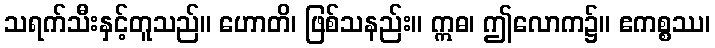
သရက်သီးနှင့်တူသည်။ ဟောတိ၊ ဖြစ်သနည်း။ ဣဓ၊ ဤလောက၌။ ဧကစ္စဿ၊